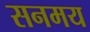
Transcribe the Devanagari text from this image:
सनमय